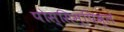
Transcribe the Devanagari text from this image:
पोस्सिम्पिब्ले